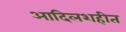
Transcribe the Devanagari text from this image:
आदिलशहीत